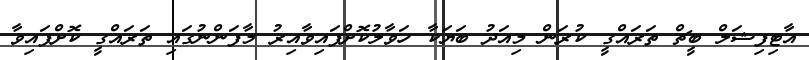
އާޓިފިޝަލް ބީޗް ތަރައްގީ ކުރަން މިއަދު ބަޔަކާ ހަވާލުކޮށްފައިވާއިރު މާފަންނުގައި ތަރައްގީ ކޮށްފައިވާ